system: You are a helpful assistant.
user:
Analyze the provided spectrum to determine if it is a **Carbon Star (C-type)**.

- **Key Visual Indicators of Carbon Star:**
    - **(Primary):** Strong molecular absorption from **C₂ (diatomic carbon) "Swan Bands."** This is the **defining feature** of a carbon star.
        - **(Key Bandheads):** Sharp absorption edges are visible at approximately $5635$ Å, $5165$ Å (the strongest band), and $4737$ Å.
        - **(Line Profile):** Creates a distinct **"saw-tooth"** pattern. The key morphology is a sharp, steep bandhead on the **red (long-wavelength) side**, which then gradually tapers off (i.e., flux recovers) towards the **blue (short-wavelength) side**. *(This is the direct opposite of the TiO bands seen in M-type stars)*.

    - **(Secondary):** Intense **CN (cyanogen)** molecular absorption bands.
        - **(Key Bandheads):** Located in the blue and violet regions of the spectrum (e.g., near $4215$ Å and $3883$ Å).
        - **(Morphology):** These bands are extremely broad and act as a "blanket," absorbing the vast majority of blue and violet light. This creates a characteristic **"cliff"** or **"steep drop-off"** in the spectrum's flux at short wavelengths.

    - **(Key Confirmation):** Strong **CH absorption band (G-band)**.
        - **(Key Bandhead):** Located around $4300$ Å. The contribution from CH molecules to this band is exceptionally strong.

    - **(Overall Spectrum):**
        - The continuum is severely "chopped up" by these deep molecular bands, especially C₂, rather than appearing as a smooth curve.
        - Due to the heavy CN and C₂ absorption in the blue-green, the vast majority of the star's flux is concentrated in the red part of the spectrum, giving the star its characteristic deep red color.

Think first, call **spectral_visualization_tool** if needed to examine features in detail, then provide your final answer. Your response must adhere to the following strict rules:
1.  **Overall Structure:** Your response must follow the format `<think>...</think> <tool_call>...</tool_call> (if a tool is used) <answer>...</answer>`.
2.  **Tool Usage Constraint:** You may only make **one** tool call per turn.
3.  **Final Answer Format:** In the `<answer>` tag, your conclusion must be inside a `\boxed{}` command (e.g., `\boxed{YES}`), followed by your justification.

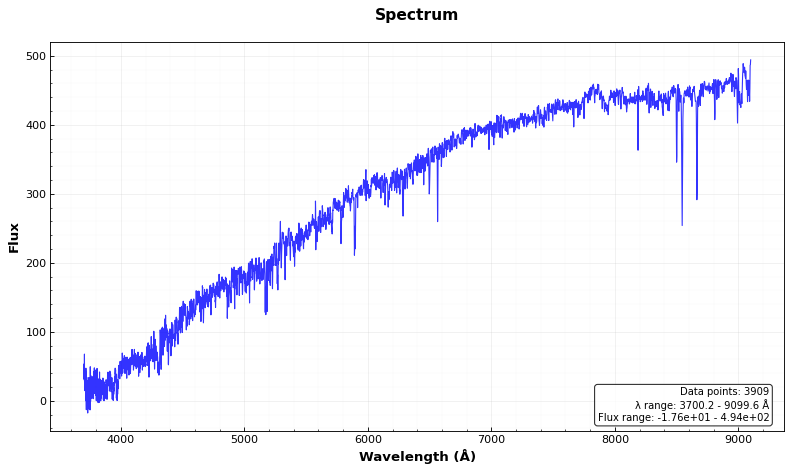
Answer: NO